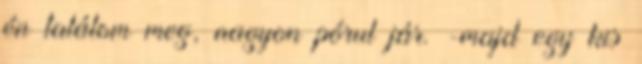
én találom meg, nagyon pórul jár. -majd egy kis